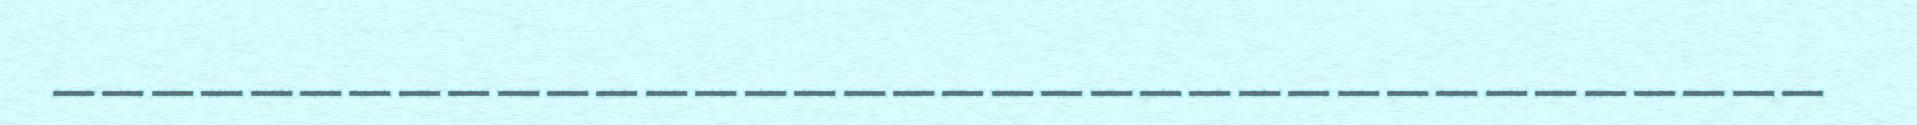
____________________________________